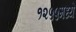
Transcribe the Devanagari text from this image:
१२५५मध्ये